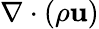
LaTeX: \nabla\cdot(\rho\mathbf{u})